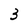
Character: 3